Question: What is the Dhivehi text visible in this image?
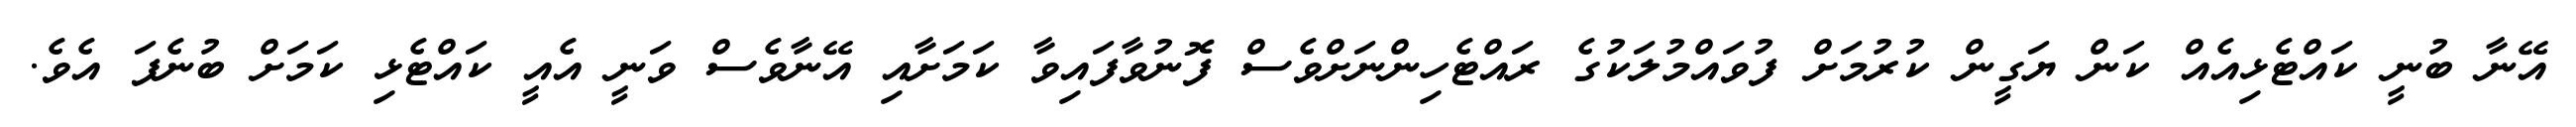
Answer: އޭނާ ބުނީ ކައްޓެޅިއެއް ކަން ޔަގީން ކުރުމަށް ފުވައްމުލަކުގެ ރައްޓެހިންނަށްވެސް ފޮނުވާފައިވާ ކަމަށާއި އޭނާވެސް ވަނީ އެއީ ކައްޓެޅި ކަމަށް ބުނެފަ އެވެ.